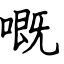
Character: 嘅